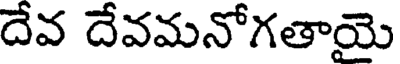
దేవ దేవమనోగతాయై